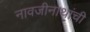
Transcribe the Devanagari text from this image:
नावजीनाथांची